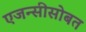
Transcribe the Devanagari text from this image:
एजन्सीसोबत